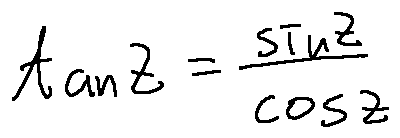
\tan z = \frac { \sin z } { \cos z }